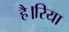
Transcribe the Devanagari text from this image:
है।रिया